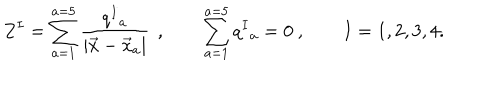
Z ^ { I } = \sum _ { a = 1 } ^ { a = 5 } { \frac { q ^ { I } { } _ { a } } { | \vec { x } - \vec { x } _ { a } | } } \, \ , \qquad \sum _ { a = 1 } ^ { a = 5 } q ^ { I } { } _ { a } = 0 \ , \qquad I = 1 , 2 , 3 , 4 .